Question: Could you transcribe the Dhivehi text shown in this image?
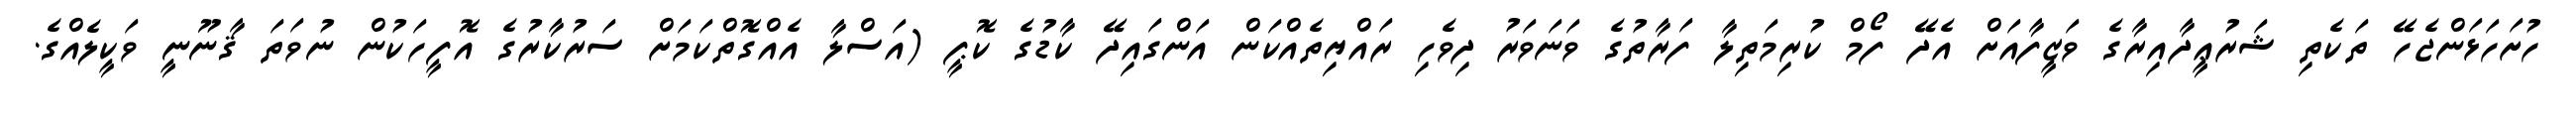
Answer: ހުށަހަޅަންޖެހޭ ތަކެތި ޝަރުޢީދާއިރާގެ ވަޒީފާއަށް އެދޭ ފޯމް ކުރިމަތިލާ ފަރާތުގެ ވަނަވަރު ދިވެހި ރައްޔިތެއްކަން އަންގައިދޭ ކާޑުގެ ކޮޕީ (އަސްލާ އެއްގޮތްކަމަށް ސަރުކާރުގެ އޮފީހަކުން ނުވަތަ ޤާނޫނީ ވަކީލެއްގެ.